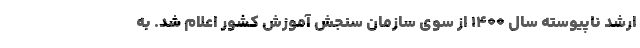
ارشد ناپیوسته سال ۱۴۰۰ از سوی سازمان سنجش آموزش کشور اعلام شد. به